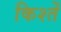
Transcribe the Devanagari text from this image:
किश्तें